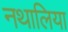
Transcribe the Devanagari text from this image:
नथालिया